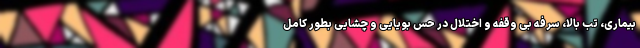
بیماری، تب بالا، سرفه بی وقفه و اختلال در حس بویایی و چشایی بطور کامل